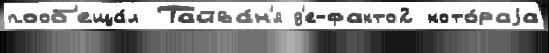
пооб'еща́л Тайва́н'я д'е-факто2 кото́раjа